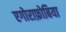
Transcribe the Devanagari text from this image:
एगोराफ़ोबिया